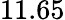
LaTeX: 11.65